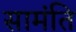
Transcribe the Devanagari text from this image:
सामंति